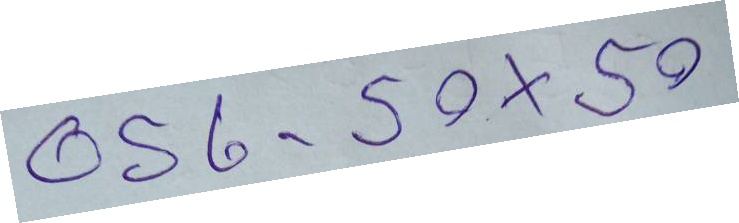
056 - 50 x 50